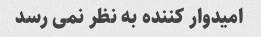
امیدوار کننده به نظر نمی رسد